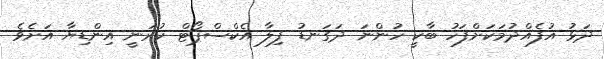
ދަޅު އުފެއްދުމަކަށްފަހު ބާކީ ހުންނަ ދަގަނޑު ފިލާ އެކްސްޕޯޓް ކުރަނީ އިންޑިޔާ އަށެވެ